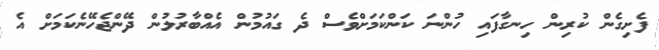
ފެށިގެން ކުރިން ހިނގާފައި ހުންނަ ކަންކަމަށްވެސް ދެ ގައުމުން އެއްބާރުލުން ދޭންޖެހޭނެކަމަށް އެ